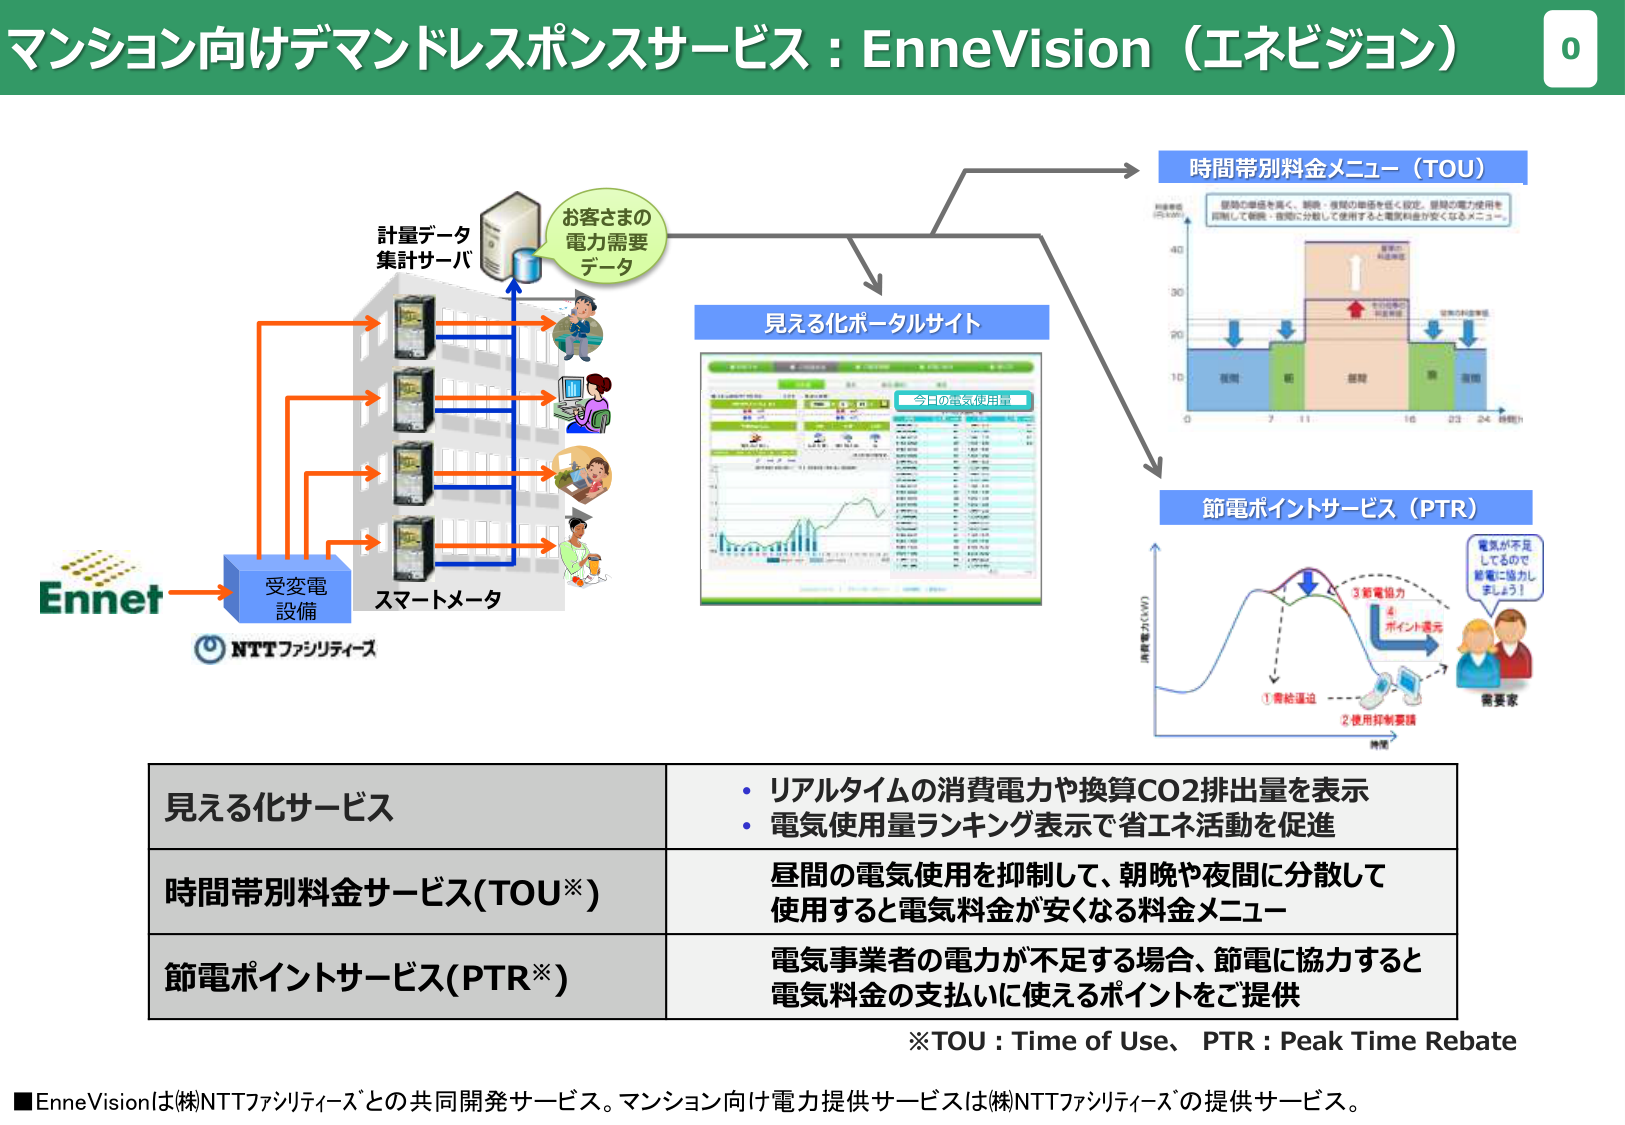
マンション向けデマンドレスポンスサービス：EnneVision（エネビジョン）

計量データ
集計サーバ

お客さまの
電力需要
データ

受変電
設備

スマートメータ

Ennet
NTTファシリティーズ

見える化ポータルサイト

今日の電気使用量

時間帯別料金メニュー（TOU）

昼間の価格を高く、朝晩・夜間の価格を低く設定。昼間の電力使用を
抑制して朝晩・夜間に分散して使用すると電気料金が安くなるメニュー。

時間帯別料金メニュー（TOU）

節電ポイントサービス（PTR）

電気が不足
しているので
節電に協力し
ましょう！

需要家

①需給逼迫
②使用抑制要請
③節電協力
④ポイント還元

消費電力（kW）
時間

見える化サービス
・リアルタイムの消費電力や換算CO2排出量を表示
・電気使用量ランキング表示で省エネ活動を促進

時間帯別料金サービス(TOU※)
昼間の電気使用を抑制して、朝晩や夜間に分散して
使用すると電気料金が安くなる料金メニュー

節電ポイントサービス(PTR※)
電気事業者の電力が不足する場合、節電に協力すると
電気料金の支払いに使えるポイントをご提供

※TOU：Time of Use、 PTR：Peak Time Rebate

■EnneVisionは㈱NTTファシリティーズとの共同開発サービス。マンション向け電力提供サービスは㈱NTTファシリティーズの提供サービス。